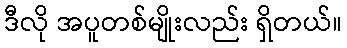
ဒီလို အပူတစ်မျိုးလည်း ရှိတယ်။